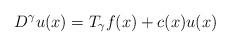
LaTeX: \begin{align*}D^\gamma u(x)= T_\gamma f(x) + c(x) u(x)\end{align*}